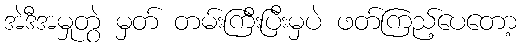
အဲဒီအမှုတွဲ မှတ် တမ်းကြီးပြီးမှပဲ ဖတ်ကြည့်ပေတော့